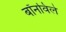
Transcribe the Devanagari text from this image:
बॉनविले